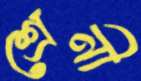
শ্রেনী